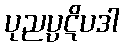
ပုညပ္ပဋိပဒါ